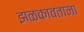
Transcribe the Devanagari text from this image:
झळकावताना